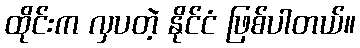
ထိုင်းက လှပတဲ့ နိုင်ငံ ဖြစ်ပါတယ်။